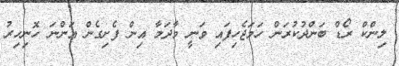
ލިންކް ރޯޑް ބަންދުކުރަން ހަމަޖެހިފައި ވަނީ މާދަމާ އިން ފެށިގެން އަންނަ ހޮނިހިރު